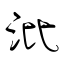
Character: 沘